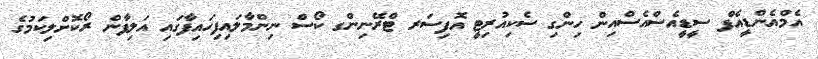
އެމްއެންޑީއެފް ސީޑީއެސްއެސްއިން ހިންގި ސެކިއުރިޓީ އޮފިސަރ ޓްރޭނިންގ ކޯސް ނިންމާލައިފިހައިފާގައި އަލިފާން ރޯކޮށްލިކަމުގެ